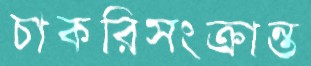
চাকরিসংক্রান্ত